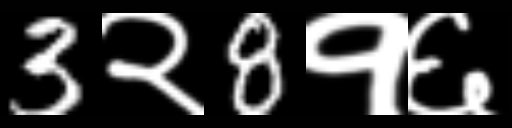
Text: 3२8१६